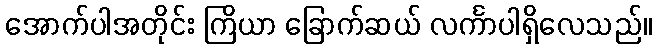
အောက်ပါအတိုင်း ကြိယာ ခြောက်ဆယ် လင်္ကာပါရှိလေသည်။